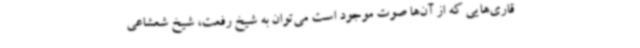
قاری‌هایی که از آن‌ها صوت موجود است می‌توان به شیخ رفعت، شیخ شعشاعی